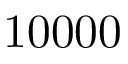
1 0 0 0 0